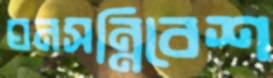
ঘনসন্নিবেশ